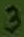
Text: 3